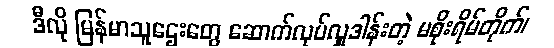
ဒီလို မြန်မာသူဌေးတွေ ဆောက်လုပ်လှူဒါန်းတဲ့ မစိုးရိမ်တိုက်၊